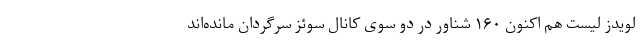
لویدز لیست هم اکنون ۱۶۰ شناور در دو سوی کانال سوئز سرگردان مانده‌اند